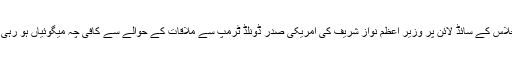
اس اجلاس کے سائڈ لائن پر وزیر اعظم نواز شریف کی امریکی صدر ڈونلڈ ٹرمپ سے ملاقات کے حوالے سے کافی چہ میگوئیاں ہو رہی تھیں۔